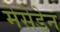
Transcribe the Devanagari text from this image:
मेसेडेन